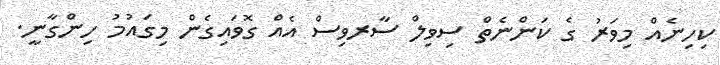
ކިހިނެއް މިވަރު ގެ ކަންނެތް ސިވިލް ސާރވިސް އެއް ގޮވައިގެން މިގައުމު ހިންގާނީ.